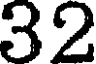
32